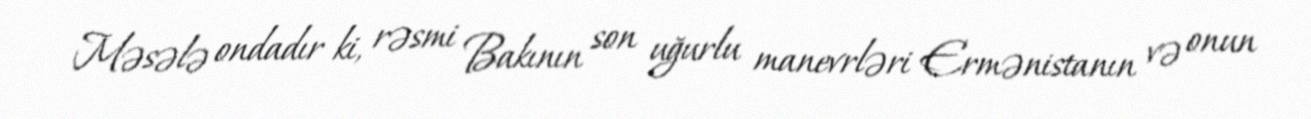
Məsələ ondadır ki, rəsmi Bakının son uğurlu manevrləri Ermənistanın və onun